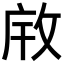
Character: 𫾯